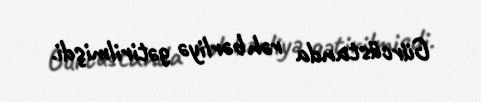
Gürcüstanda rəhbərliyə gətirilmişdi.